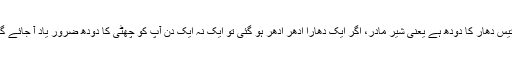
بتیس دھار کا دودھ ہے یعنی شیر مادر، اگر ایک دھارا اِدھر اُدھر ہو گئی تو ایک نہ ایک دن آپ کو چھٹی کا دودھ ضرور یاد آ جائے گا۔